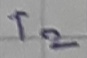
Text: T2